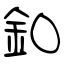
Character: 釦